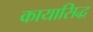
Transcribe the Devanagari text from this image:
कायासिद्ध